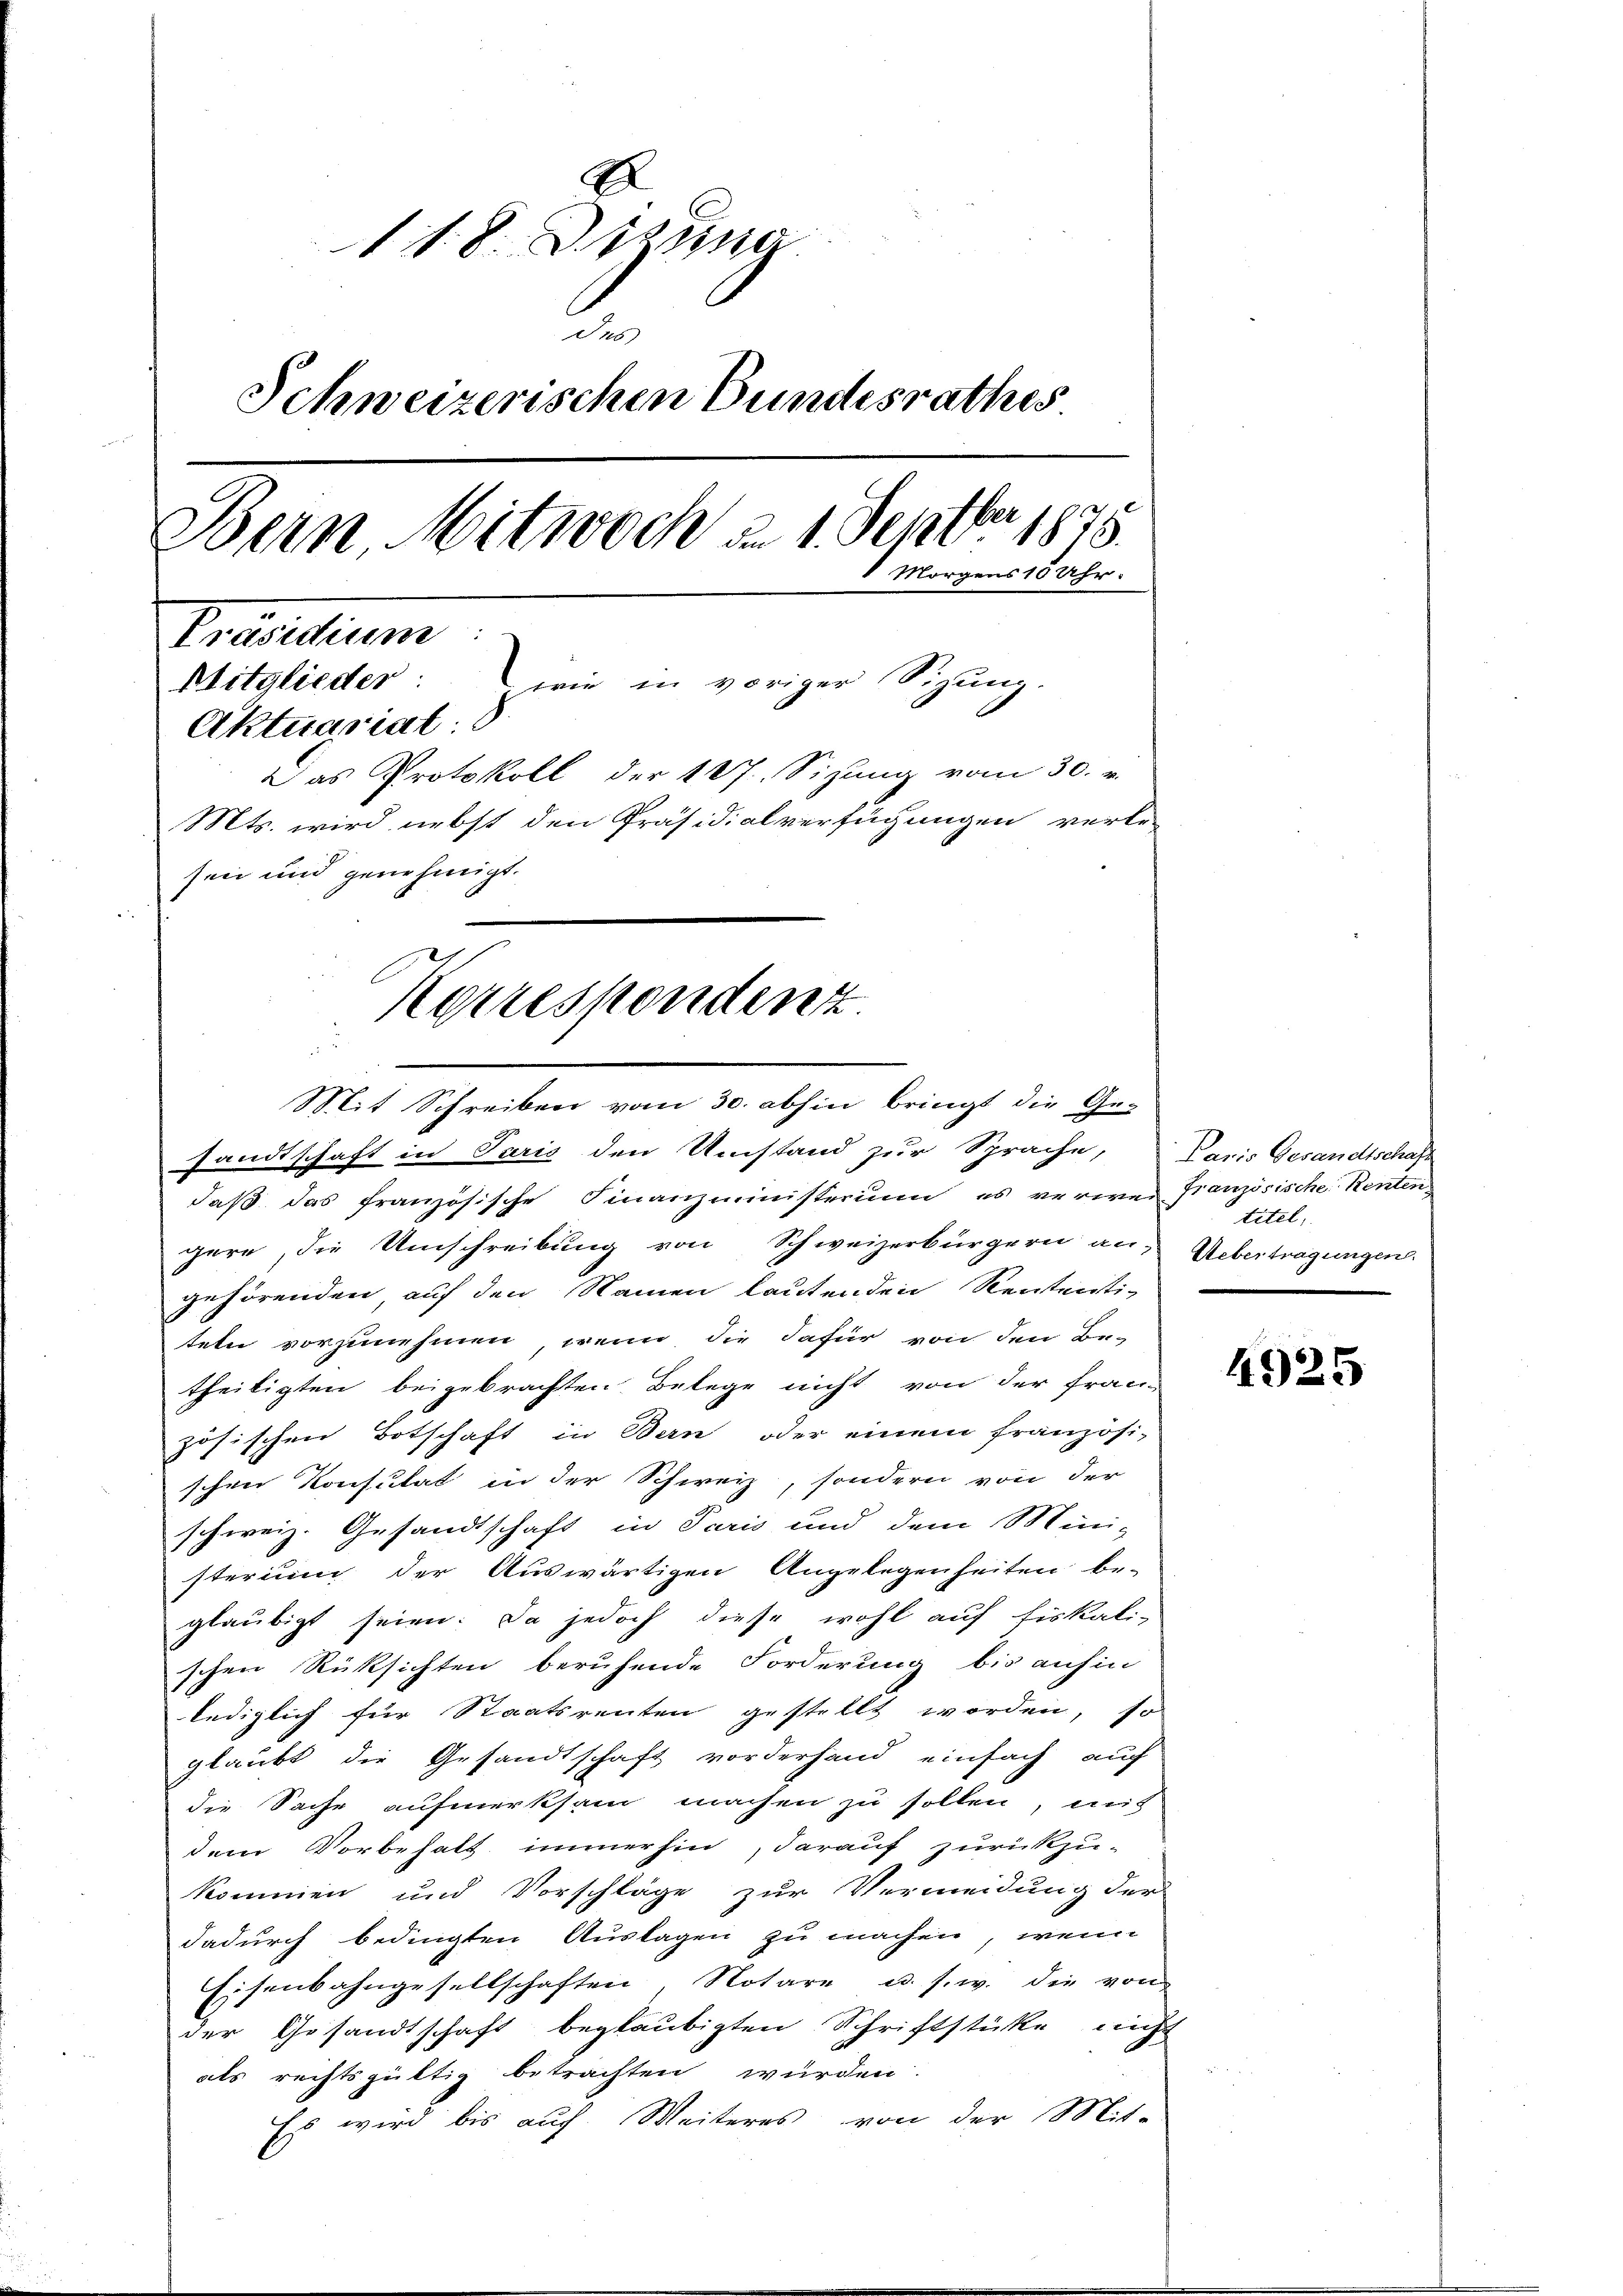
118. Da
des
Schweizerischen Bundesrathes
221
Bern, Mitwoch d. 1. Sept. 1875.
Morgens 10 Uhr.
Präsidium
Mitglieder: wie in voriger Sizŭng.
Aktuariat
Das Protokoll der 187. Sizŭng vom 30. v.
Mts. wird nebst den Präsidialverfügungen verle-
sein und genehmigt.
Korrespondenz

Mit Schreiben vom 30. abhin bringt die Ge-
fandtschaft in Paris den Umstand zur Sprache, Paris Gesandtschaft
daß das französische Finanzministerium es verwer französische Renten
gere, die Umschreibung von Schweizerbürgern an
gehörenden, auf den Namen lautenden Rententi-
tete vorzunehmen, wenn die dafür von den Be-
theiligten beigebrachten Belege nicht von der fran-
zösischen Botschaft in Bern oder einem französi-
schen Konsulat in der Schweiz, sondern von der
schweiz. Gesandtschaft in Paris und dem Mini-
sterium der Auswärtigen Angelegenheiten be-
glaubigt seien. Da jedoch diese wohl auf fiskali-
schen Rüksichten beruhende Forderung bis anhin
lediglich für Staatsrenten gestellt worden, so
glaubt die Gesandtschaft vorderhand einfach auf
die Sache aufmerksam machen zu sollen, mit
dem Vorbehalt immerhin, darauf zurückzu-
kommen und Vorschläge zur Vermeidung der
dadurch bedingten Auslagen zu machen, wenn
Eisenbahngesellschaften, Notare u. s. w. die von
der Gesandtschaft beglaubigten Schriftstücke nicht
als rechtsgültig betrachten würden.
Es wird bis auch Weiteres von der Mit-

titel,
Uebertragungen.

4925